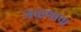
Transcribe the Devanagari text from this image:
जळणाचा